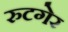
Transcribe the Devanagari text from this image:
रुटगेर